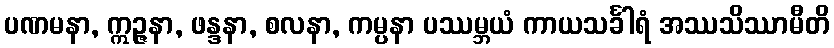
ပဏမနာ, ဣဉ္ဇနာ, ဖန္ဒနာ, စလနာ, ကမ္ပနာ ပဿမ္ဘယံ ကာယသင်္ခါရံ အဿသိဿာမီတိ